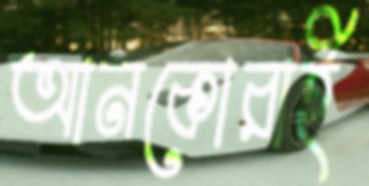
আনকোরাই